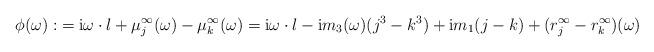
LaTeX: \begin{align*}\begin{aligned}\phi(\omega):&=\mathrm{i} \omega\cdot l+\mu_j^{\infty}(\omega)-\mu_k^{\infty}(\omega)=\mathrm{i} \omega\cdot l-\mathrm{i} m_3(\omega) (j^3-k^3)+\mathrm{i} m_1 (j-k)+(r_j^{\infty}-r_k^{\infty})(\omega)\end{aligned}\end{align*}